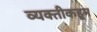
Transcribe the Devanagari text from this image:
व्यक्‍तीकडून